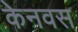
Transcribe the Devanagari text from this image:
केनवस